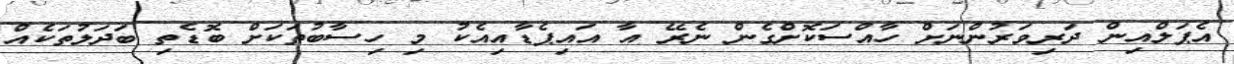
އެޕަލްއިން ދަރިވަރުންނަށް ހާއްސަކޮށްގެން ނެރޭ އާ އައިޕެޑާއިއެކު މި ހިސާބުތަކަށް ބޮޑެތި ބަދަލުތަކެއް